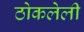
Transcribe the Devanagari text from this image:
ठोकलेली